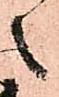
之